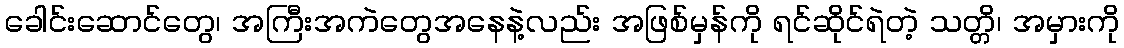
ခေါင်းဆောင်တွေ၊ အကြီးအကဲတွေအနေနဲ့လည်း အဖြစ်မှန်ကို ရင်ဆိုင်ရဲတဲ့ သတ္တိ၊ အမှားကို